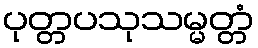
ပုတ္တပသုသမ္မတ္တံ